Plague in India, 1896, 1897 - Volume 3
Year: 1896
Disease focus: Plague
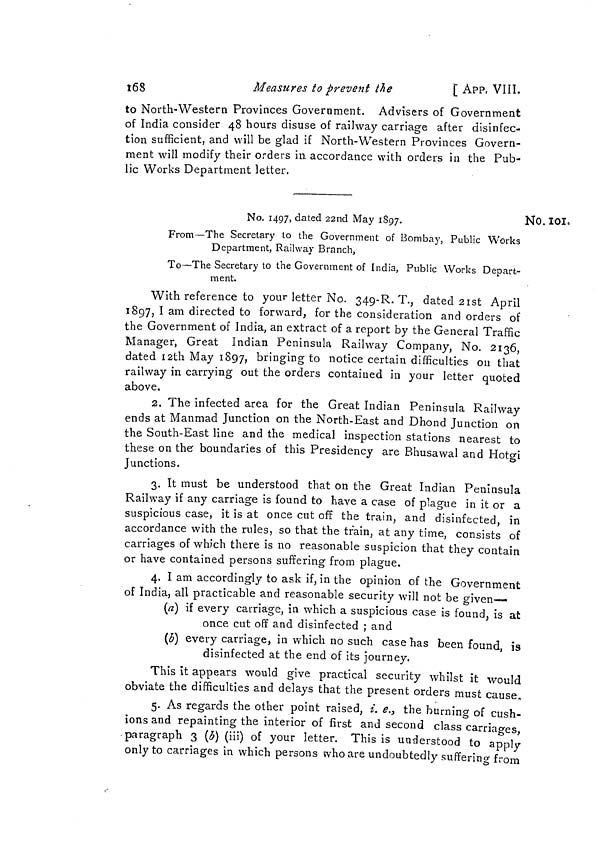
168
Measures to prevent
the
[ APP, VIII.
to North-Western Provinces Government. Advisers of Government
of India consider 48 hours disuse of railway carnage after disinfec-
tion sufficient, and will be glad if North-Western Provinces Govern-
ment will modify their orders in accordance with orders in the Pub-
lic Works Department letter.
No. 101,
No. 1497, dated 22nd May 1897.
From—The Secretary to the Government of Bombay, Public Works
Department, Railway Branch,
To—The Secretary to the Government of India, Public Works Depart-
ment.
With reference to your letter No. 349-R. T., dated 21st April
1897, I am directed to forward, for the consideration and orders of
the Government of India, an extract of a report by the General Traffic
Manager, Great Indian Peninsula Railway Company, No. 2136,
dated 12th May 1897, bringing to notice certain difficulties on that
railway in carrying out the orders contained in your letter quoted
above.
2. The infected area for the Great Indian Peninsula Railway
ends at Manmad Junction on the North-East and Dhond Junction on
the South-East line and the medical inspection stations nearest to
these on the boundaries of this Presidency are Bhusawal and Hotgi
Junctions.
3. It must be understood that on the Great Indian Peninsula
Railway if any carriage is found to have a case of plague in it or a
suspicious case, it is at once cut off the train, and disinfected, in
accordance with the rules, so that the train, at any time, consists of
carriages of which there is no reasonable suspicion that they contain
or have contained persons suffering from plague.
4. I am accordingly to ask if, in the opinion of the Government
of India, all practicable and reasonable security will not be given—
(a) if every carriage, in which a suspicious case is found, is at
once cut off and disinfected ; and
(b) every carriage, in which no such case has been found, is
disinfected at the end of its journey.
This it appears would give practical security whilst it would
obviate the difficulties and delays that the present orders must cause,
5. As regards the other point raised, i. e., the burning of cush-
ions and repainting the interior of first and second class carriages,
paragraph 3 (b) (iii) of your letter. This is understood to apply
only to carriages in which persons whoare undoubtedly suffering from